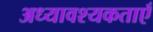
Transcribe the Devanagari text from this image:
अध्यावश्यकताएँ